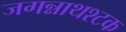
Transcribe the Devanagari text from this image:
जगन्नाथश्टक